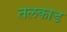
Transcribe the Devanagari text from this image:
तलकाड